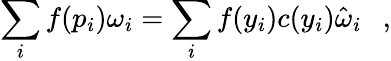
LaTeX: \sum_{i}f(p_{i})\omega_{i}=\sum_{i}f(y_{i})c(y_{i})\hat{\omega}_{i}~~~,